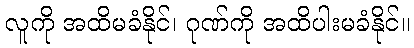
လူကို အထိမခံနိုင်၊ ဂုဏ်ကို အထိပါးမခံနိုင်။